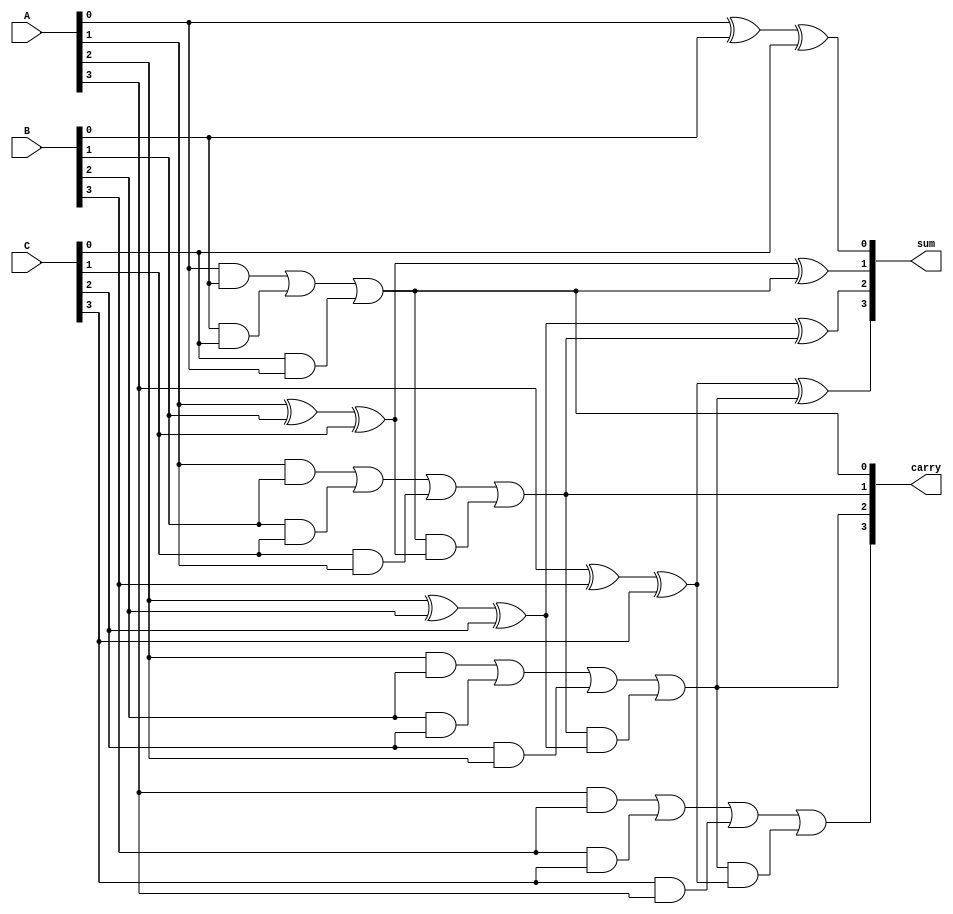
module CarrySaveAdder (
    input [3:0] A,  // First operand
    input [3:0] B,  // Second operand
    input [3:0] C,  // Third operand
    output [3:0] sum, // Sum output
    output [3:0] carry // Carry output
);

    // Internal wires for the sum and carry outputs of the full adders
    wire [3:0] sum_temp;
    wire [3:0] carry_temp;

    // Full Adder for the least significant bit (LSB)
    assign sum_temp[0] = A[0] ^ B[0] ^ C[0]; // Sum for LSB
    assign carry_temp[0] = (A[0] & B[0]) | (B[0] & C[0]) | (C[0] & A[0]); // Carry for LSB

    // Full Adder for the second bit
    assign sum_temp[1] = A[1] ^ B[1] ^ C[1] ^ carry_temp[0]; // Sum for second bit
    assign carry_temp[1] = (A[1] & B[1]) | (B[1] & C[1]) | (C[1] & A[1]) | 
                           (carry_temp[0] & (A[1] ^ B[1] ^ C[1])); // Carry for second bit

    // Full Adder for the third bit
    assign sum_temp[2] = A[2] ^ B[2] ^ C[2] ^ carry_temp[1]; // Sum for third bit
    assign carry_temp[2] = (A[2] & B[2]) | (B[2] & C[2]) | (C[2] & A[2]) | 
                           (carry_temp[1] & (A[2] ^ B[2] ^ C[2])); // Carry for third bit

    // Full Adder for the most significant bit (MSB)
    assign sum_temp[3] = A[3] ^ B[3] ^ C[3] ^ carry_temp[2]; // Sum for MSB
    assign carry_temp[3] = (A[3] & B[3]) | (B[3] & C[3]) | (C[3] & A[3]) | 
                           (carry_temp[2] & (A[3] ^ B[3] ^ C[3])); // Carry for MSB

    // Assign final outputs
    assign sum = sum_temp;
    assign carry = carry_temp;

endmodule